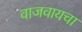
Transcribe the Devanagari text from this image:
वाजवायचा